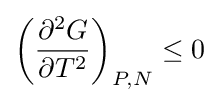
{\biggl (}{\frac {\partial ^{2}G}{\partial T^{2}}}{\biggr )}_{P,N}\leq 0